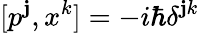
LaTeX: [p^{\mathbf{j}},x^{k}]=-i\hbar\delta^{\mathbf{j}k}